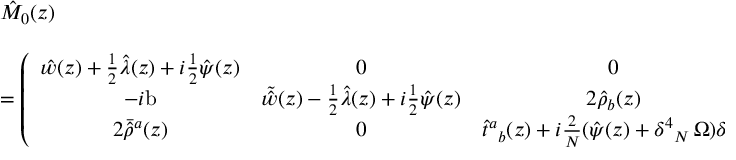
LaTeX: \begin{array} { l } { { \hat { M } _ { 0 } ( z ) } } \\ { { { } } } \\ { { = \displaystyle { \left( \begin{array} { c c c } { { \hat { w } ( z ) + \textstyle { \frac { 1 } { 2 } } \hat { \lambda } ( z ) + i \textstyle { \frac { 1 } { 2 } } \hat { \psi } ( z ) } } & { { 0 } } & { { 0 } } \\ { { - i \mathrm { b } } } & { { \tilde { \hat { w } } ( z ) - \frac { 1 } { 2 } \hat { \lambda } ( z ) + i \textstyle { \frac { 1 } { 2 } } \hat { \psi } ( z ) } } & { { 2 \hat { \rho } _ { b } ( z ) } } \\ { { 2 \bar { \hat { \rho } } { } ^ { a } ( z ) } } & { { 0 } } & { { \hat { t } { } ^ { a } { } _ { b } ( z ) + i \textstyle { \frac { 2 } { { \cal N } } } ( \hat { \psi } ( z ) + \delta ^ { 4 } { } _ { { \cal N } } \, \Omega ) \delta ^ { a } { } _ { b } } } \end{array} \right) } \, . } } \end{array}